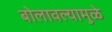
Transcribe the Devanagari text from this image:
बोलावल्यामुळे